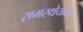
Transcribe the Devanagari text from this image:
समस्थेयता